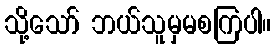
သို့သော် ဘယ်သူမှမစကြပါ။